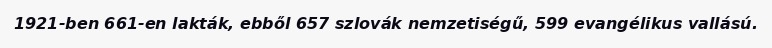
1921-ben 661-en lakták, ebből 657 szlovák nemzetiségű, 599 evangélikus vallású.